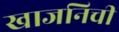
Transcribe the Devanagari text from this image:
खाजनिची